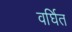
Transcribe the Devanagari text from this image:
वर्घित